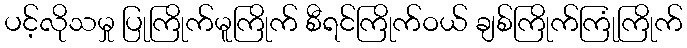
ပင့်လိုသမှု ပြုကြိုက်မူကြိုက် စီရင်ကြိုက်ဝယ် ချစ်ကြိုက်ကြုံကြိုက်